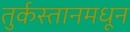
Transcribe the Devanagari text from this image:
तुर्कस्तानमधून